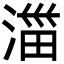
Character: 湽